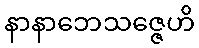
နာနာဘေသဇ္ဇေဟိ